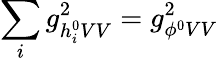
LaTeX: \sum_{i}g_{h_{i}^{0}VV}^{2}=g_{\phi^{0}VV}^{2}